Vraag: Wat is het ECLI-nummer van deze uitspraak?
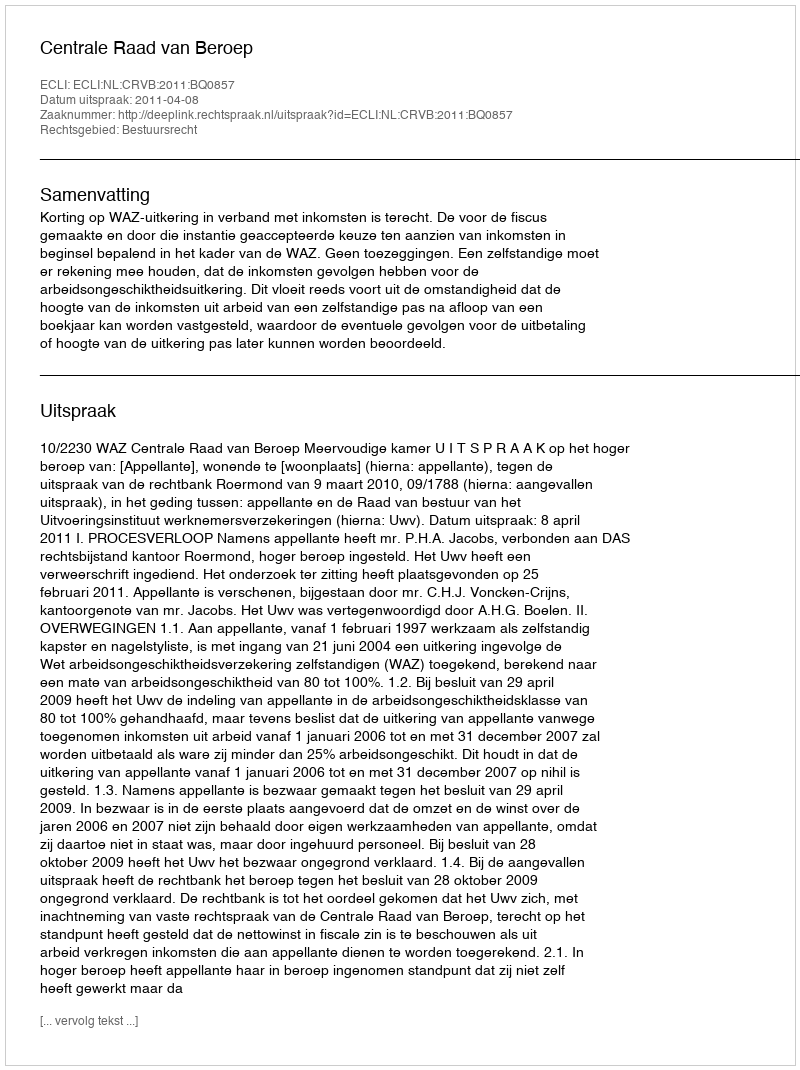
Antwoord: ECLI:NL:CRVB:2011:BQ0857